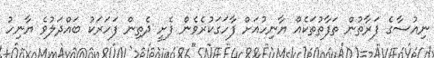
ނިއުސާގެ ފަރާތުން ތަފާތުތަކެއް ޔާނިހުއަށް ފާހަގަކުރެވެން ފެށީ ދެތިން ފަހަރަކު ބައްދަލުވެ ޔާނިހު